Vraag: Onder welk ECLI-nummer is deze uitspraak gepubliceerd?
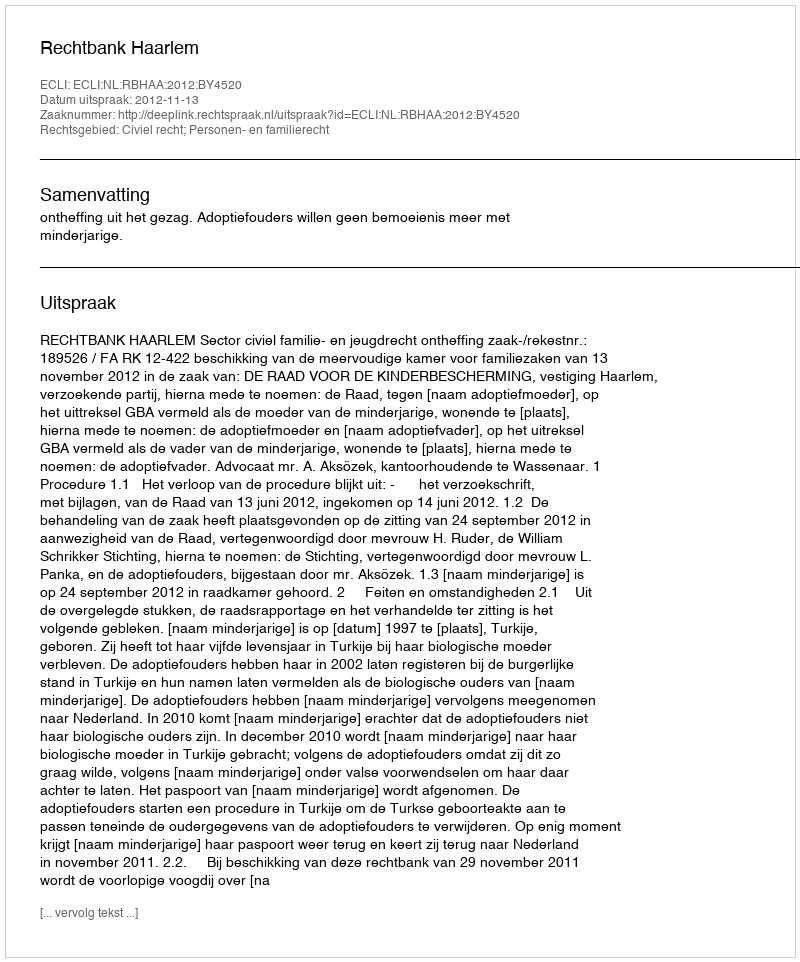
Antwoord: ECLI:NL:RBHAA:2012:BY4520